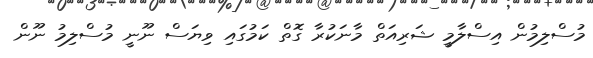
މުސްލިމުން އިސްލާމީ ޝަރިއަތް މާނަކުރާ ގޮތް ކަމުގައި ވިޔަސް ނޫނީ މުސްލިމު ނޫން